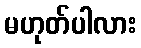
မဟုတ်ပါလား